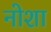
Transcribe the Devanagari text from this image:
नोशा